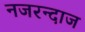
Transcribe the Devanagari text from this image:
नजरन्दाज